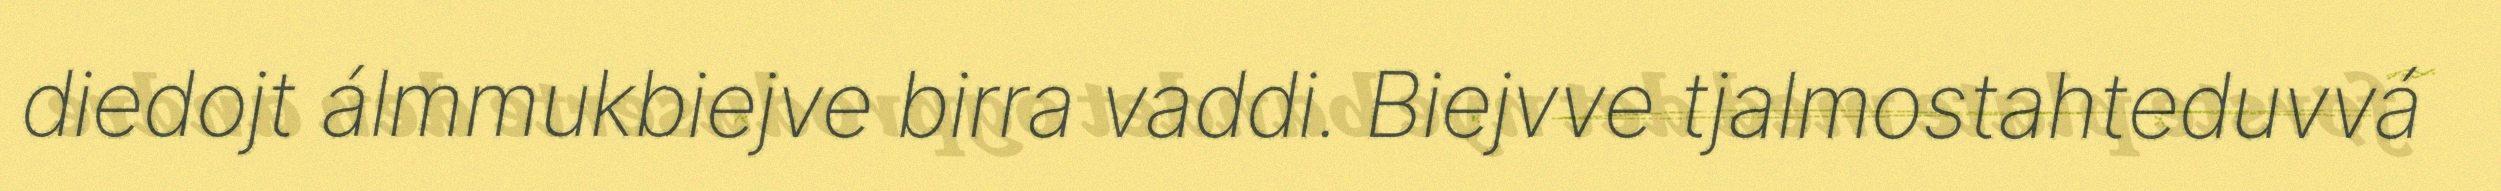
diedojt álmmukbiejve birra vaddi. Biejvve tjalmostahteduvvá